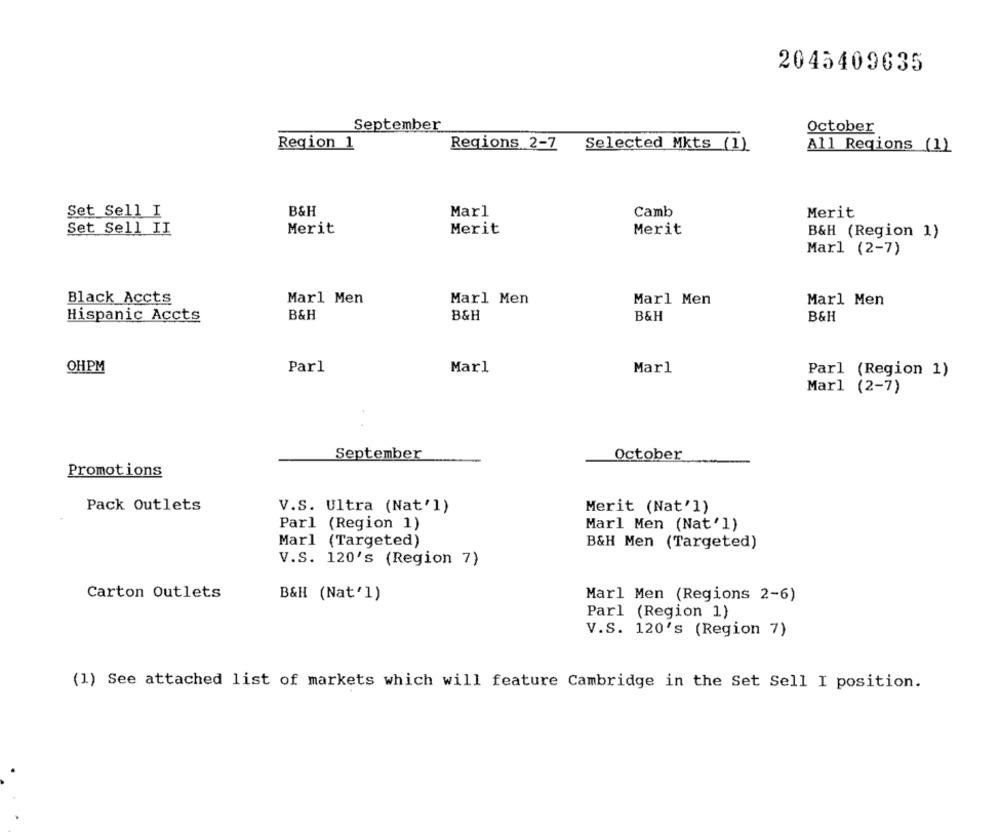
2045409635
September
October
Region 1
Regions 2-7
Selected Mkts (1)
All Regions (1)
Set Sell I
B&H
Marl
Camb
Merit
Set Sell II
Merit
Merit
Merit
B&H (Region 1)
Marl (2-7)
Black_Accts
Marl Men
Marl Men
Marl Men
Marl Men
Hispanic Accts
B&H
B&H
B&H
B&H
OHPM
Par1
Mar1
Marl
Parl (Region 1)
Marl (2-7)
September
October
Promotions
Pack Outlets
V.S. Ultra (Nat'l)
Merit (Nat'l)
Parl (Region 1)
Marl Men (Nat'l)
Marl (Targeted)
B&H Men (Targeted)
V.S. 120's (Region 7)
Carton Outlets
B&H (Nat'1)
Marl Men (Regions 2-6)
Parl (Region 1)
V.S. 120's (Region 7)
(1) See attached list of markets which will feature Cambridge in the Set Sell I position.